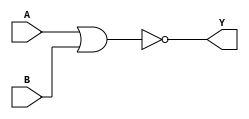
module nor_gate_delay (
    input A,
    input B,
    output Y
);

reg Y_reg;

always @(A or B) begin
    #10 Y_reg = ~(A | B); // Delay of 10 time units
end

assign Y = Y_reg;

endmodule